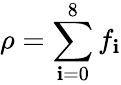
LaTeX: \rho=\sum_{\mathbf{i}=0}^{8}f_{\mathbf{i}}